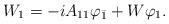
LaTeX: \begin{align*}W_{1}=-iA_{11}\varphi _{\bar{1}}+W\varphi _{1}. \end{align*}